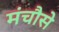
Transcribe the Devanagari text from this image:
मंचौसे